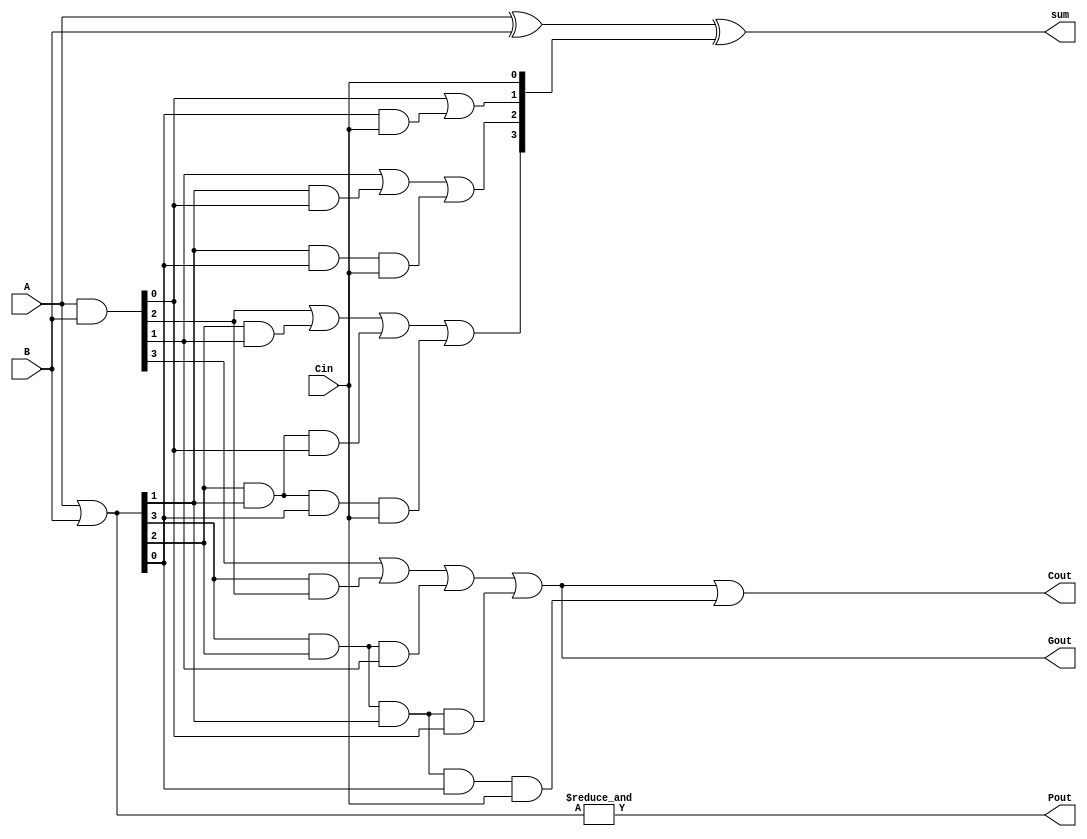
/*
    CS/ECE 552 FALL'22
    Homework #2, Problem 1
    
    a 4-bit CLA module
*/
module cla_4b(A, B, Cin, sum, Cout, Pout, Gout);

  input [3:0] A, B;
  input Cin;
  output [3:0] sum;
  output Cout, Pout, Gout;
  wire [3:0] C, P, G;

  assign P = A | B;
  assign Pout = &P;
  assign G = A & B;
  assign Gout = G[3] | (P[3] & G[2]) | (P[3] & P[2] & G[1]) | (P[3] & P[2] & P[1] & G[0]);
  assign C[0] = Cin;
  assign C[1] = G[0] | (P[0] & C[0]);
  assign C[2] = G[1] | (P[1] & G[0]) | (P[1] & P[0] & C[0]);
  assign C[3] = G[2] | (P[2] & G[1]) | (P[2] & P[1] & G[0]) | (P[2] & P[1] & P[0] & C[0]);
  assign Cout = G[3] | (P[3] & G[2]) | (P[3] & P[2] & G[1]) | (P[3] & P[2] & P[1] & G[0]) | (P[3] & P[2] & P[1] & P[0] & C[0]);
  assign sum = A ^ B ^ C;
  
endmodule